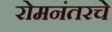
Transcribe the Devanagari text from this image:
रोमनंतरचे